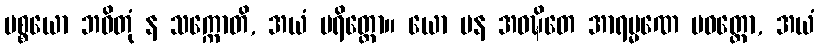
ပစ္စယော ဘဝိတုံ န သက္ကောတိ, အယံ ပရိတ္တော။ ယော ပန အဝဍ္ဎိတေ အာရမ္မဏေ ပဝတ္တော, အယံ